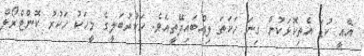
އެއީ ކުޑަ އެތިކޮޅަކުން ގިނަ ހަކަތަ ލިއްބައިދޭތީއެވެ. ހަކުރުބަލީގެ މީހަކު ހަކުރު ކޮންޓްރޯލް